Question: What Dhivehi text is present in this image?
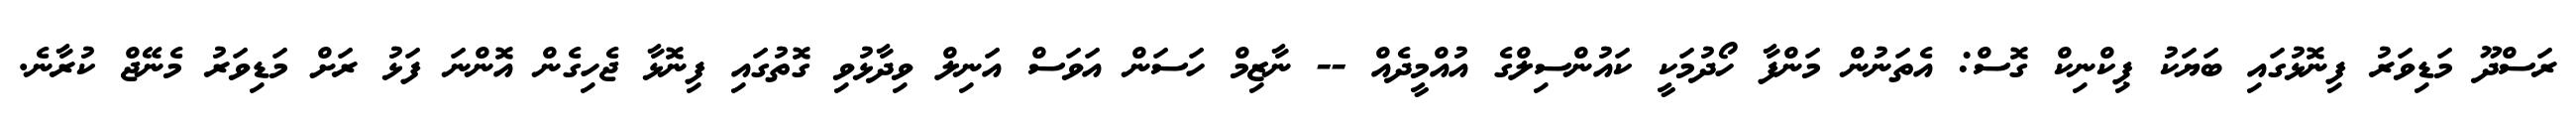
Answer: ރަސްދޫ މަޑިވަރު ފިނޮޅުގައި ބަޔަކު ޕިކްނިކް ގޮސް: އެތަނުން މަންފާ ހޯދުމަކީ ކައުންސިލްގެ އުއްމީދެއް -- ނާޒިމް ހަސަން އަވަސް އަނިލް ވިދާޅުވި ގޮތުގައި ފިނޮޅާ ޖެހިގެން އޮންނަ ފަޅު ރަށް މަޑިވަރު މެނޭޖް ކުރާނެ.